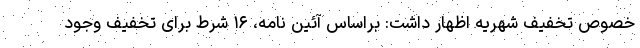
خصوص تخفیف شهریه اظهار داشت: براساس آئین نامه، ۱۶ شرط برای تخفیف وجود